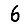
Digit: 6